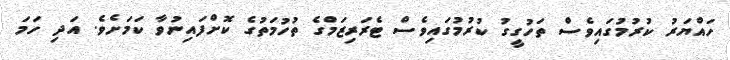
ހައްޔަރު ކުރުމުގައިވެސް ތަހުގީގު ކުރުމުގައިވެސް ޓެރަރިޒަމްގެ ތުހުމަތުގެ ކޮށްފައިނުވާ ކަމަށެވެ. އަދި ހަމަ